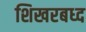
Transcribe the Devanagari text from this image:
शिखरबध्द